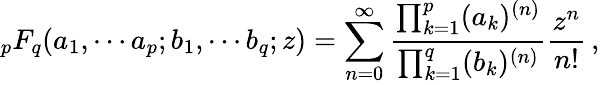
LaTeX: _pF_{q}(a_{1},\cdots a_{p};b_{1},\cdots b_{q};z)=\sum_{n=0}^{\infty}\frac{\prod_{k=1}^{p}(a_{k})^{(n)}}{\prod_{k=1}^{q}(b_{k})^{(n)}}\frac{z^{n}}{n!}\, ,